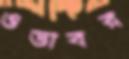
ওডাবর